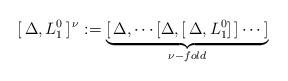
LaTeX: \begin{align*}[\, \Delta , L^0_1\, ]^{\,\nu} := \underbrace{ [\, \Delta ,\cdots [\Delta , [\, \Delta , L^0_1 ]\, ]\cdots \,]}_{\nu - fold}\end{align*}